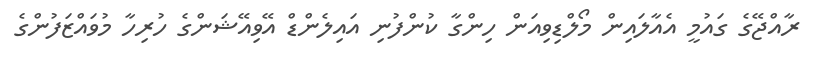
ރާއްޖޭގެ ގައުމީ އެއާލައިން މޯލްޑިވިއަން ހިންގާ ކުންފުނި އައިލެންޑް އޭވިއޭޝަންގެ ހުރިހާ މުވައްޒަފުންގެ